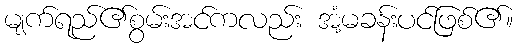
မျက်ရည်၏စွမ်းအင်ကလည်း အံ့မခန်းပင်ဖြစ်၏။